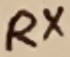
Text: RX